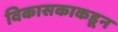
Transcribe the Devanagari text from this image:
विकासकाकडून